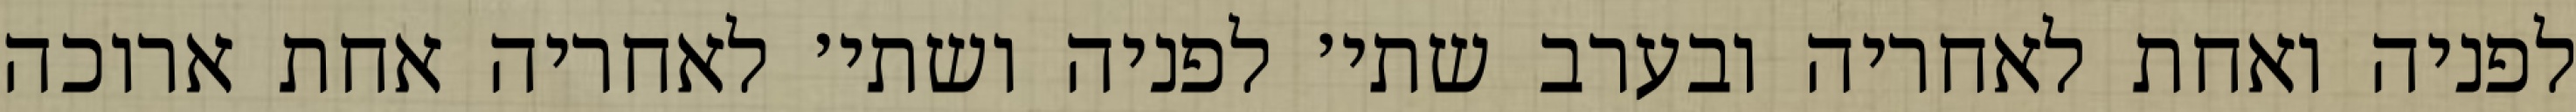
לפניה ואחת לאחריה ובערב שתי׳ לפניה ושתי׳ לאחריה אחת ארוכה